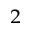
^ 2